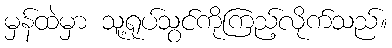
မှန်ထဲမှာ သူ့ရုပ်သွင်ကိုကြည့်လိုက်သည်။